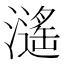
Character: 𤁠